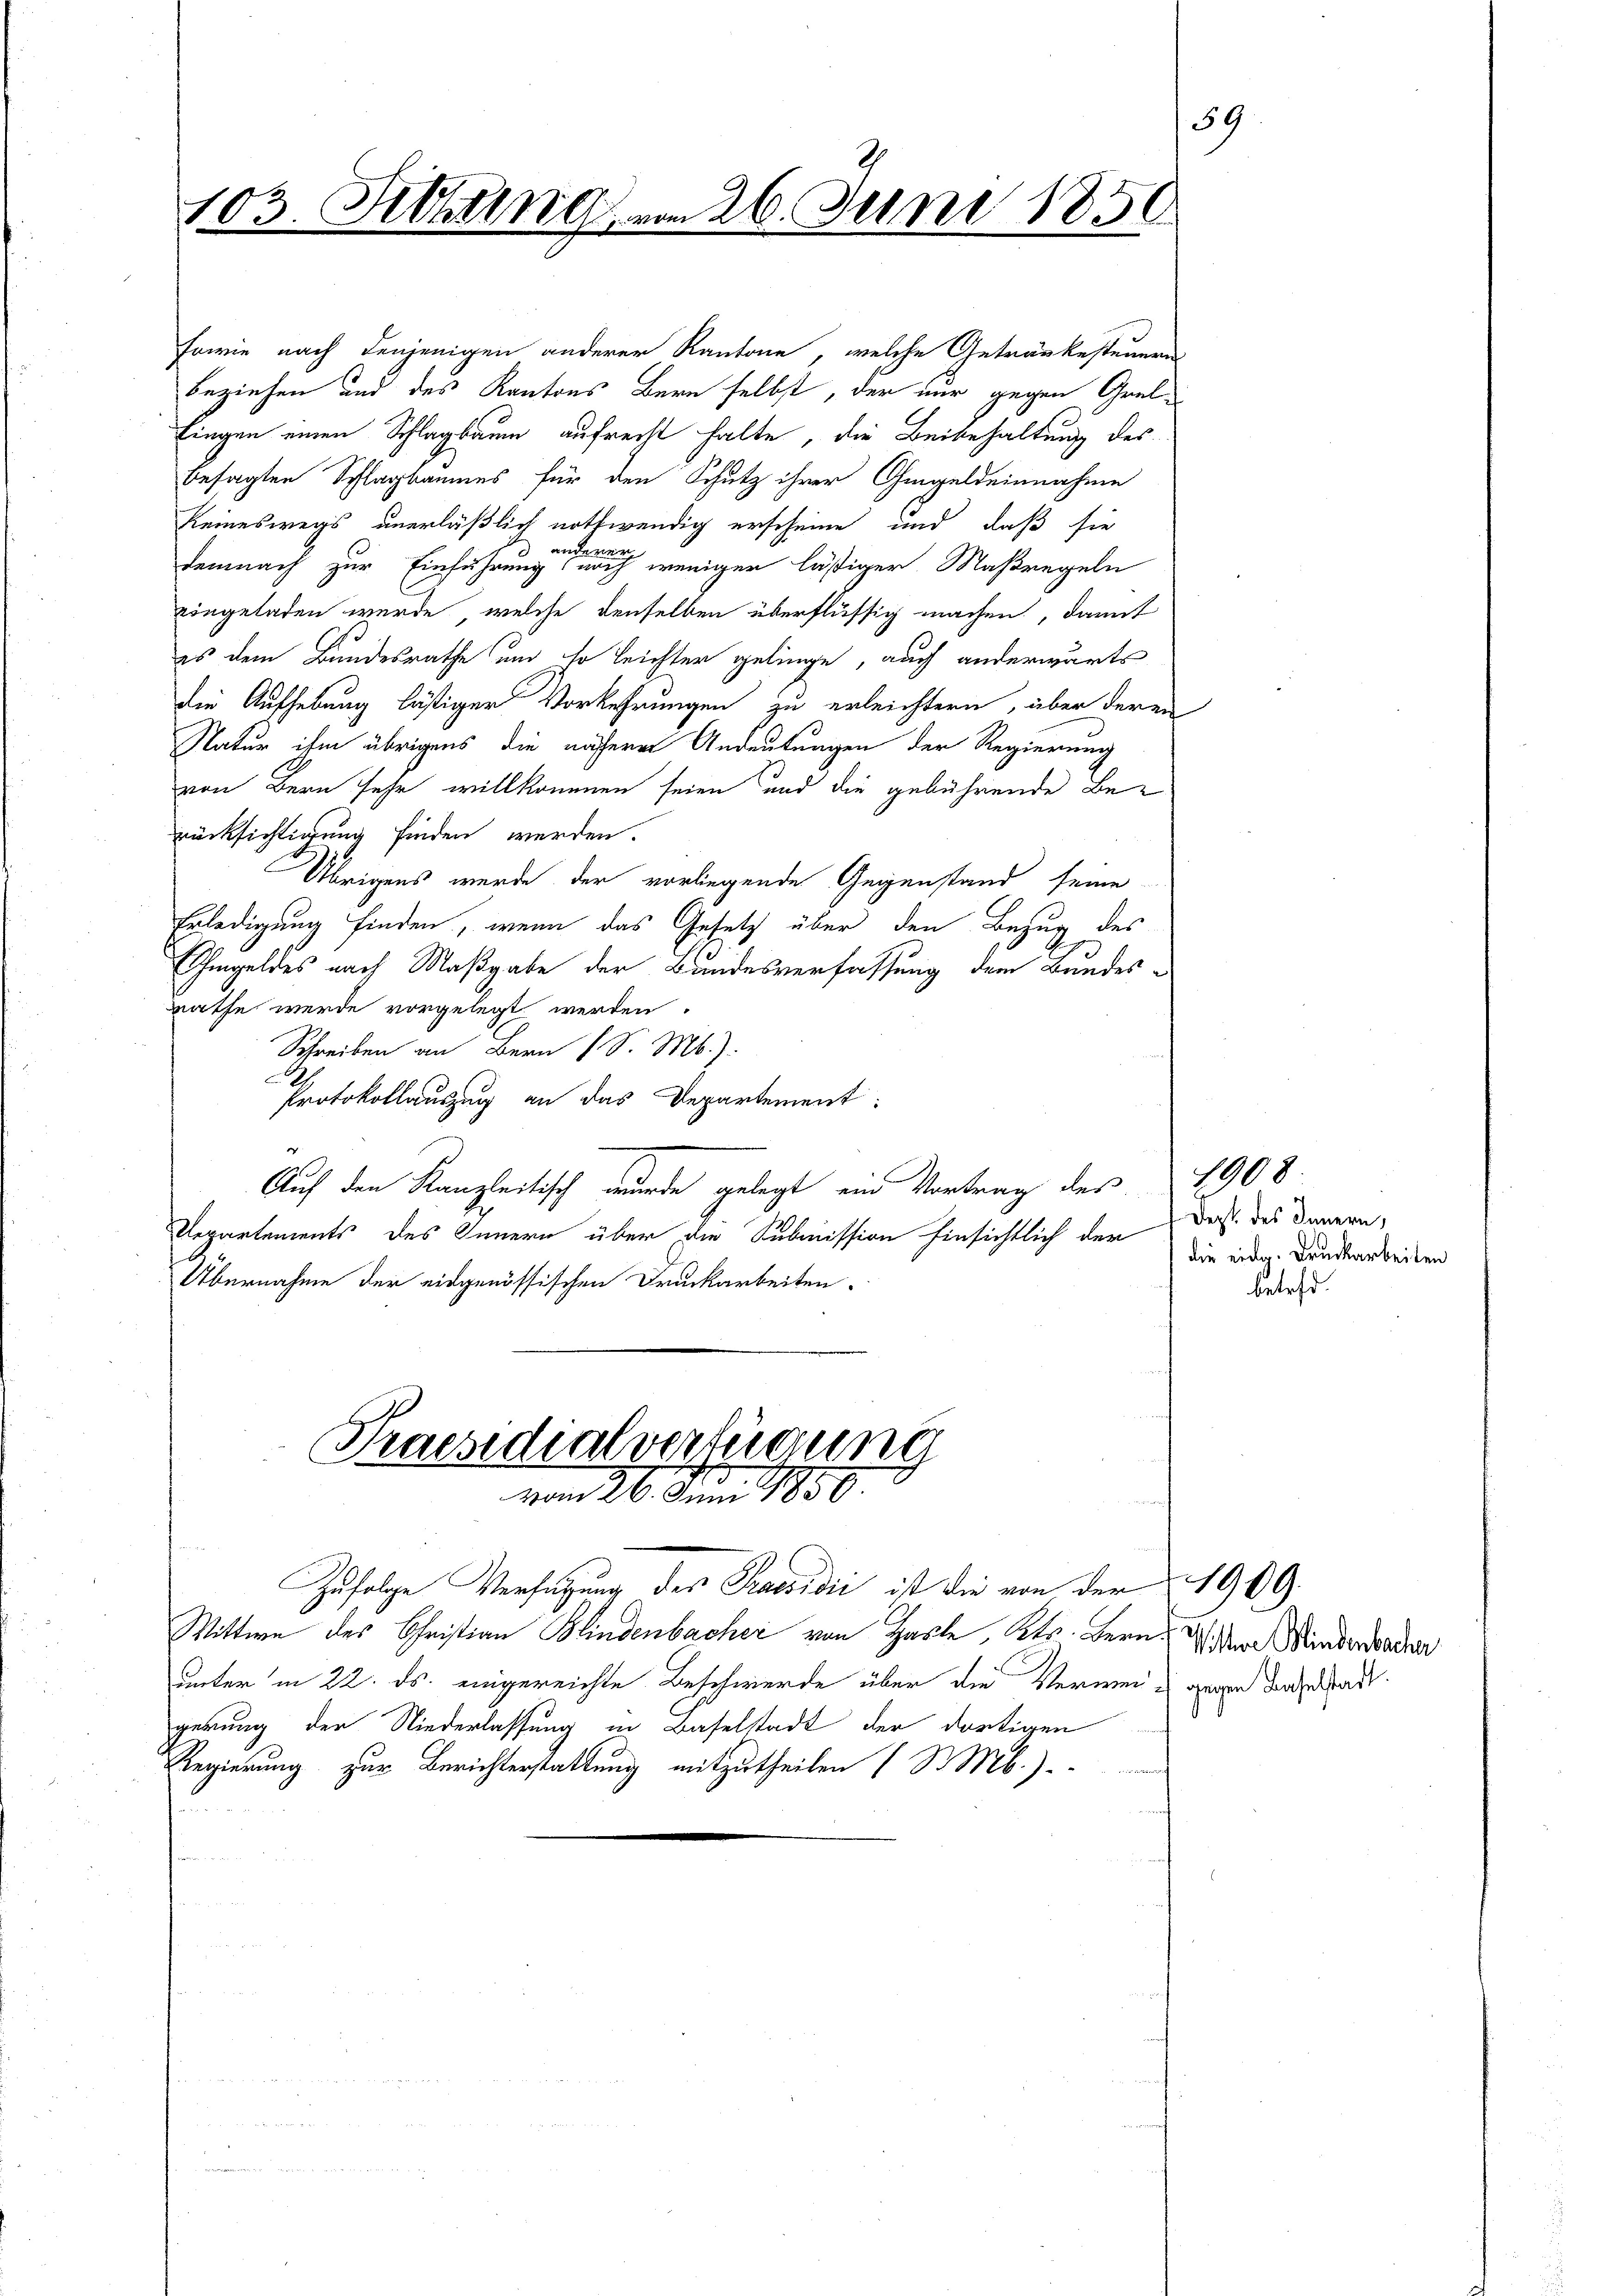
103. Febung

sowie nach denjenigen anderer Kantone, welche Getränkesteuerns
beziehen und des Kantons Bern selbst, der nur gegen Grelfingen einen Schlagbaum aufrecht halte, die Beibehaltung des
besagten Schlagbaumes für den Schutz ihrer Gmgeldeinnahme
keineswegs unerläßlich nothwendig erscheine und daß sie
demnach zur Einführung eine neue ich weniger lästiger Maßregeln
eingeladen wurde, welche denselben überflüssig machen, damit
es dem Bundesrathe und so leichter gelinge, auch anderwärts
die Aufhebung lästiger Vorkehrungen zu erleichtern, über deren
Natur ihm übrigens die nähere Andeutungen der Regierung
von Bern sehr willkommen seien und die gebührende Berücksichtigung finden werden.
Übrigens wurde der vorliegende Gegenstand seine
Erledigung finden, wenn das Gesetz über den Bezug des
Ihmgeldes nach Maßgabe der Bundesverfassung dem Bundes-
rathe werde vorgelegt werden.
Schreiben an Bern (S. M.).
.
Protokollauszug an das Departement:
e
Auf den Kanzleitisch wurde gelegt ein Vortrag des
Departements des Innern über die Submission hinsichtlich der
Übernahme der eidgenössischen Druckarbeiten.

Praesidialverfügung
vom 26. Juni 1850.

Wittwe des Christian Blindenbacher von Hasle, Kts. Bern Wider Manderwende
unter in 22. ds. eingereichte Beschwerde über die Verweis gegen Baselstadt.
gerung der Niederlassung in Baselstadt der dortigen
Regierung zur Berichterstattung mitzutheilen (S. Mb.)
.

26. Juni 1850.

Zufolge Verfügung des Praesidii ist die von der 1909.

59

1908
Dept des Innern,
die eidg. Druckarbeiten

betet.